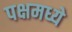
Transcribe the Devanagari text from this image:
पक्षमध्ये